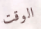
الوقت